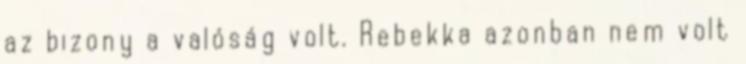
az bizony a valóság volt. Rebekka azonban nem volt